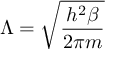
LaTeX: \Lambda = { \sqrt { \frac { h ^ { 2 } \beta } { 2 \pi m } } }